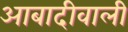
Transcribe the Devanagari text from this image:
आबादीवाली